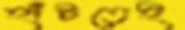
হাঁটতেই